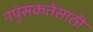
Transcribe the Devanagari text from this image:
नपुंसकतेसाठी